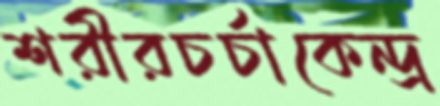
শরীরচর্চাকেন্দ্র